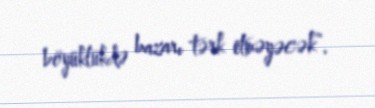
böyüklükdə bazarı tərk etməyəcək”.